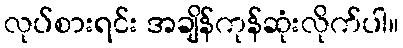
လုပ်စားရင်း အချိန်ကုန်ဆုံးလိုက်ပါ။